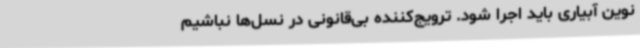
نوین آبیاری باید اجرا شود. ترویج‌کننده بی‌قانونی در نسل‌ها نباشیم